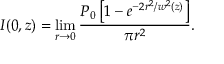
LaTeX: I ( 0 , z ) = \operatorname* { l i m } _ { r \to 0 } { \frac { P _ { 0 } \left[ 1 - e ^ { - 2 r ^ { 2 } / w ^ { 2 } ( z ) } \right] } { \pi r ^ { 2 } } } .